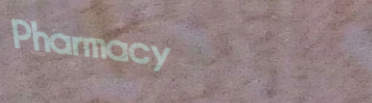
Pharmacy